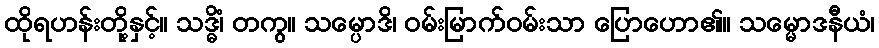
ထိုရဟန်းတို့နှင့်။ သဒ္ဓိံ၊ တကွ။ သမ္ပောဒိ၊ ဝမ်းမြာက်ဝမ်းသာ ပြောဟော၏။ သမ္မောဒနီယံ၊